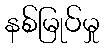
နစ်မြုပ်မှု